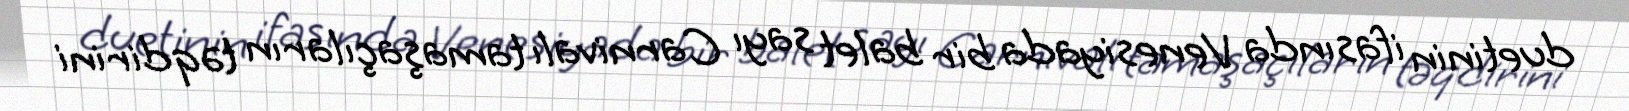
duetinin ifasında Venesiyada bir balet sayı Carnivalı tamaşaçıların təqdirini